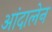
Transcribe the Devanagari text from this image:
आंदालेन